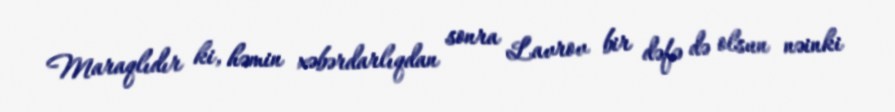
Maraqlıdır ki, həmin xəbərdarlıqdan sonra Lavrov bir dəfə də olsun nəinki